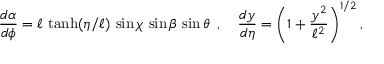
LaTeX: \frac { d \alpha } { d \phi } = \ell \, \operatorname { t a n h } ( \eta / \ell ) \, \sin \chi \, \sin \beta \, \sin \theta \, \, \, , \, \, \, \, \, \, \frac { d y } { d \eta } = \left( 1 + \frac { y ^ { 2 } } { \ell ^ { 2 } } \right) ^ { 1 / 2 } ,